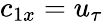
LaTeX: c_{1x}=u_{\tau}